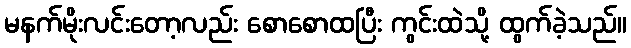
မနက်မိုးလင်းတော့လည်း စောစောထပြီး ကွင်းထဲသို့ ထွက်ခဲ့သည်။